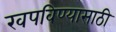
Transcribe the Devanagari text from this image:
खपविण्यासाठी